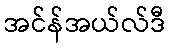
အင်န်အယ်လ်ဒီ